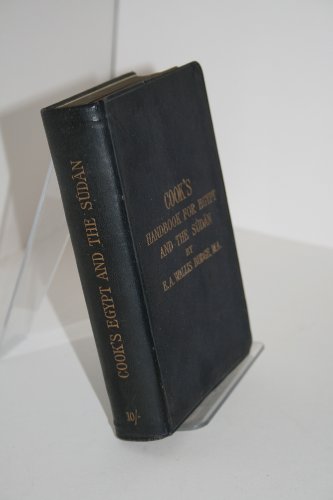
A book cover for Cook's Handbook for Egypt and the Sudan; E. A. Wallis Budge; Travel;